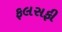
ફલસફી